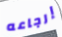
إرجاعه